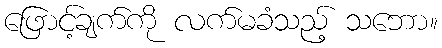
ဖြောင့်ချက်ကို လက်မခံသည့် သဘော။